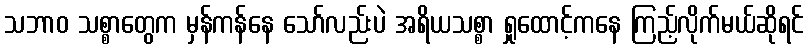
သဘာဝ သစ္စာတွေက မှန်ကန်နေ သော်လည်းပဲ အရိယသစ္စာ ရှုထောင့်ကနေ ကြည့်လိုက်မယ်ဆိုရင်